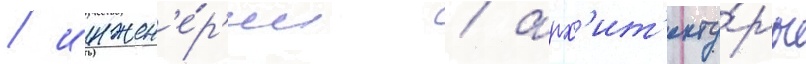
/ инжен'е́р'ии / арх'ит'екту́ры